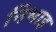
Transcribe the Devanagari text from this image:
निभाइ